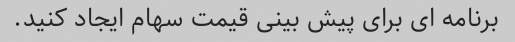
برنامه ای برای پیش بینی قیمت سهام ایجاد کنید.